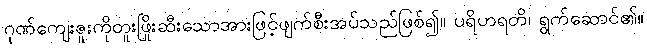
ဂုဏ်ကျေးဇူးကိုတူးဖြိုးဆီးသောအားဖြင့်ဖျက်စီးအပ်သည်ဖြစ်၍။ ပရိဟရတိ၊ ရွက်ဆောင်၏။